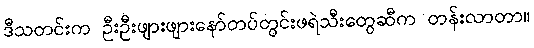
ဒီသတင်းက ဦးဦးဖျားဖျားနော်တပ်တွင်းဖရဲသီးတွေဆီက တန်းလာတာ။